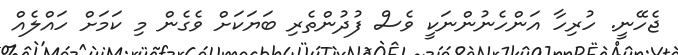
ޖެހޭނީ. ހުރިހާ އަންހެނުންނަކީ ވެސް ފުދުންތެރި ބަޔަކަށް ވެގެން މި ކަމަށް ހައްލެއް